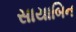
સાયાબિન